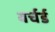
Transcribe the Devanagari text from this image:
बर्चर्ड